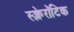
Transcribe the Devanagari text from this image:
स्क्लेरॉटिक